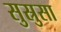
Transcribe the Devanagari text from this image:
सुस्रुसा